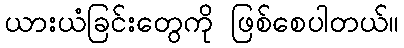
ယားယံခြင်းတွေကို ဖြစ်စေပါတယ်။